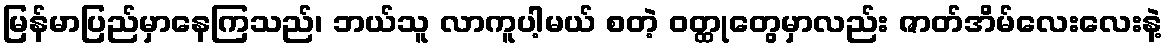
မြန်မာပြည်မှာနေကြသည်၊ ဘယ်သူ လာကူပါ့မယ် စတဲ့ ဝတ္ထုတွေမှာလည်း ဇာတ်အိမ်လေးလေးနဲ့